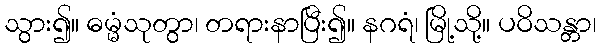
သွား၍။ ဓမ္မံသုတွာ၊ တရားနာပြီး၍။ နဂရံ၊ မြို့သို့။ ပဝိသန္တာ၊